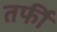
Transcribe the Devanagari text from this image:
तर्फी